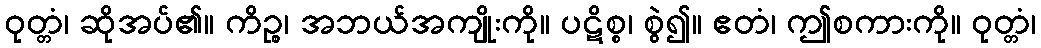
ဝုတ္တံ၊ ဆိုအပ်၏။ ကိဉ္စ၊ အဘယ်အကျိုးကို။ ပဋိစ္စ၊ စွဲ၍။ ဧတံ၊ ဤစကားကို။ ဝုတ္တံ၊